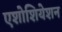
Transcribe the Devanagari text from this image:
एशोशियेशन